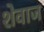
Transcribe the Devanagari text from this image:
शेवाज